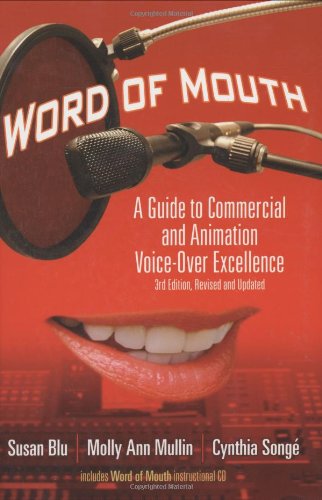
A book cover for Word of Mouth: A Guide to Commercial Voice-Over Excellence, 3rd Revised and Updated Edition; Susan Blu; Humor & Entertainment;